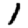
Digit: 1